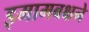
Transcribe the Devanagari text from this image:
इमामबक्षने